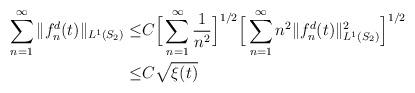
LaTeX: \begin{align*}\sum_{n=1}^{\infty}\Vert f_n^d(t)\Vert_{L^{1}(S_2)}\leq &C \Big[\sum_{n=1}^{\infty}\dfrac{1}{n^2}\Big]^{1/2}\Big[\sum_{n=1}^{\infty}n^2\Vert f_n^d(t)\Vert_{L^{1}(S_2)}^2\Big]^{1/2}\\\leq &C \sqrt{\xi (t)}\end{align*}